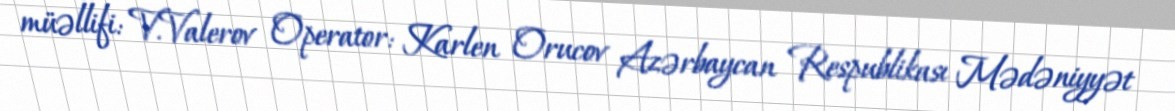
müəllifi: V.Valerov Operator: Karlen Orucov Azərbaycan Respublikası Mədəniyyət